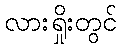
လားရှိုးတွင်